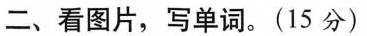
二、看图片，写单词。(15分)